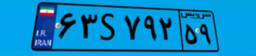
۶۳S۷۹۲۵۹